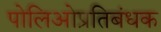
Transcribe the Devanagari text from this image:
पोलिओप्रतिबंधक